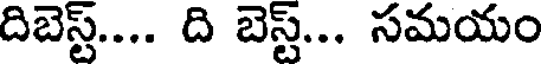
దిబెస్ట్.... ది బెస్ట్... సమయం